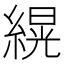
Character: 縨